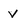
Character: v